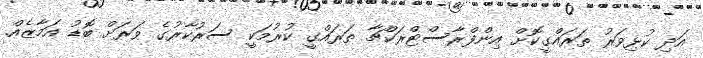
އަދި ކުޅިވަރު ތަރައްގީކޮށް އިންފްރާސްޓްރަކްޗާ ތަރައްގީ ކުރުމަކީ ސަރުކާރުގެ ވަރަށް ބޮޑު އަމާޒެއް.